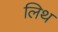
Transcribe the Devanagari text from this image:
लिथ